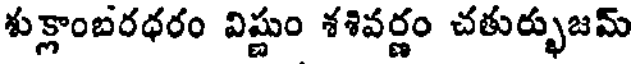
శుక్లాంబరధరం విష్ణుం శశివర్ణం చతుర్భుజమ్